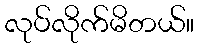
လုပ်လိုက်မိတယ်။